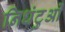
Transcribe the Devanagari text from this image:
निधंटुओं